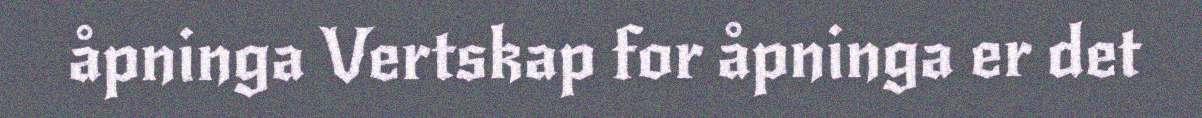
åpninga Vertskap for åpninga er det